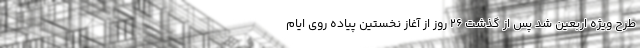
طرح ویژه اربعین شد پس از گذشت 26 روز از آغاز نخستین پیاده روی ایام